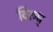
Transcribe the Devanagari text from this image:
विरुध्